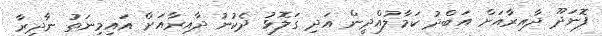
ފޮނަދޫ ދާއިރާއަށް އަބްދު ކަމާލުއްދީން އަދި ގަލޮޅު ދެކުނު ދާއިރާއަށް އައިމިނަތު ނާދިރާ